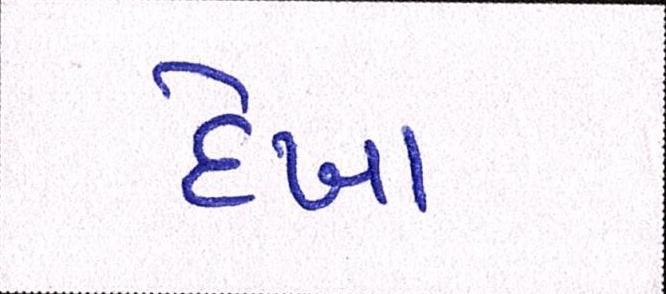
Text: દેખા